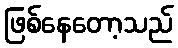
ဖြစ်နေတော့သည်